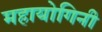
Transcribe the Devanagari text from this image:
महायोगिनी